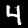
Label: 4